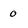
Character: 0